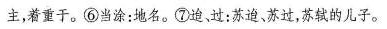
主，着重于。⑥当涂：地名。⑦迫过：苏迫、苏过，苏轼的儿子。